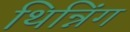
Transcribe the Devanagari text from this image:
थिन्निंग